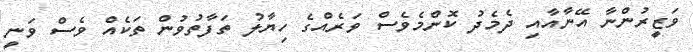
ވަޒީރުންނާ އޭނާއާއި ދެމެދު ކޮންމެވެސް ވަރެއްގެ ހިޔާލު ތަފާތުވުން ތަކެއް ވެސް ވަނީ